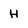
Character: H